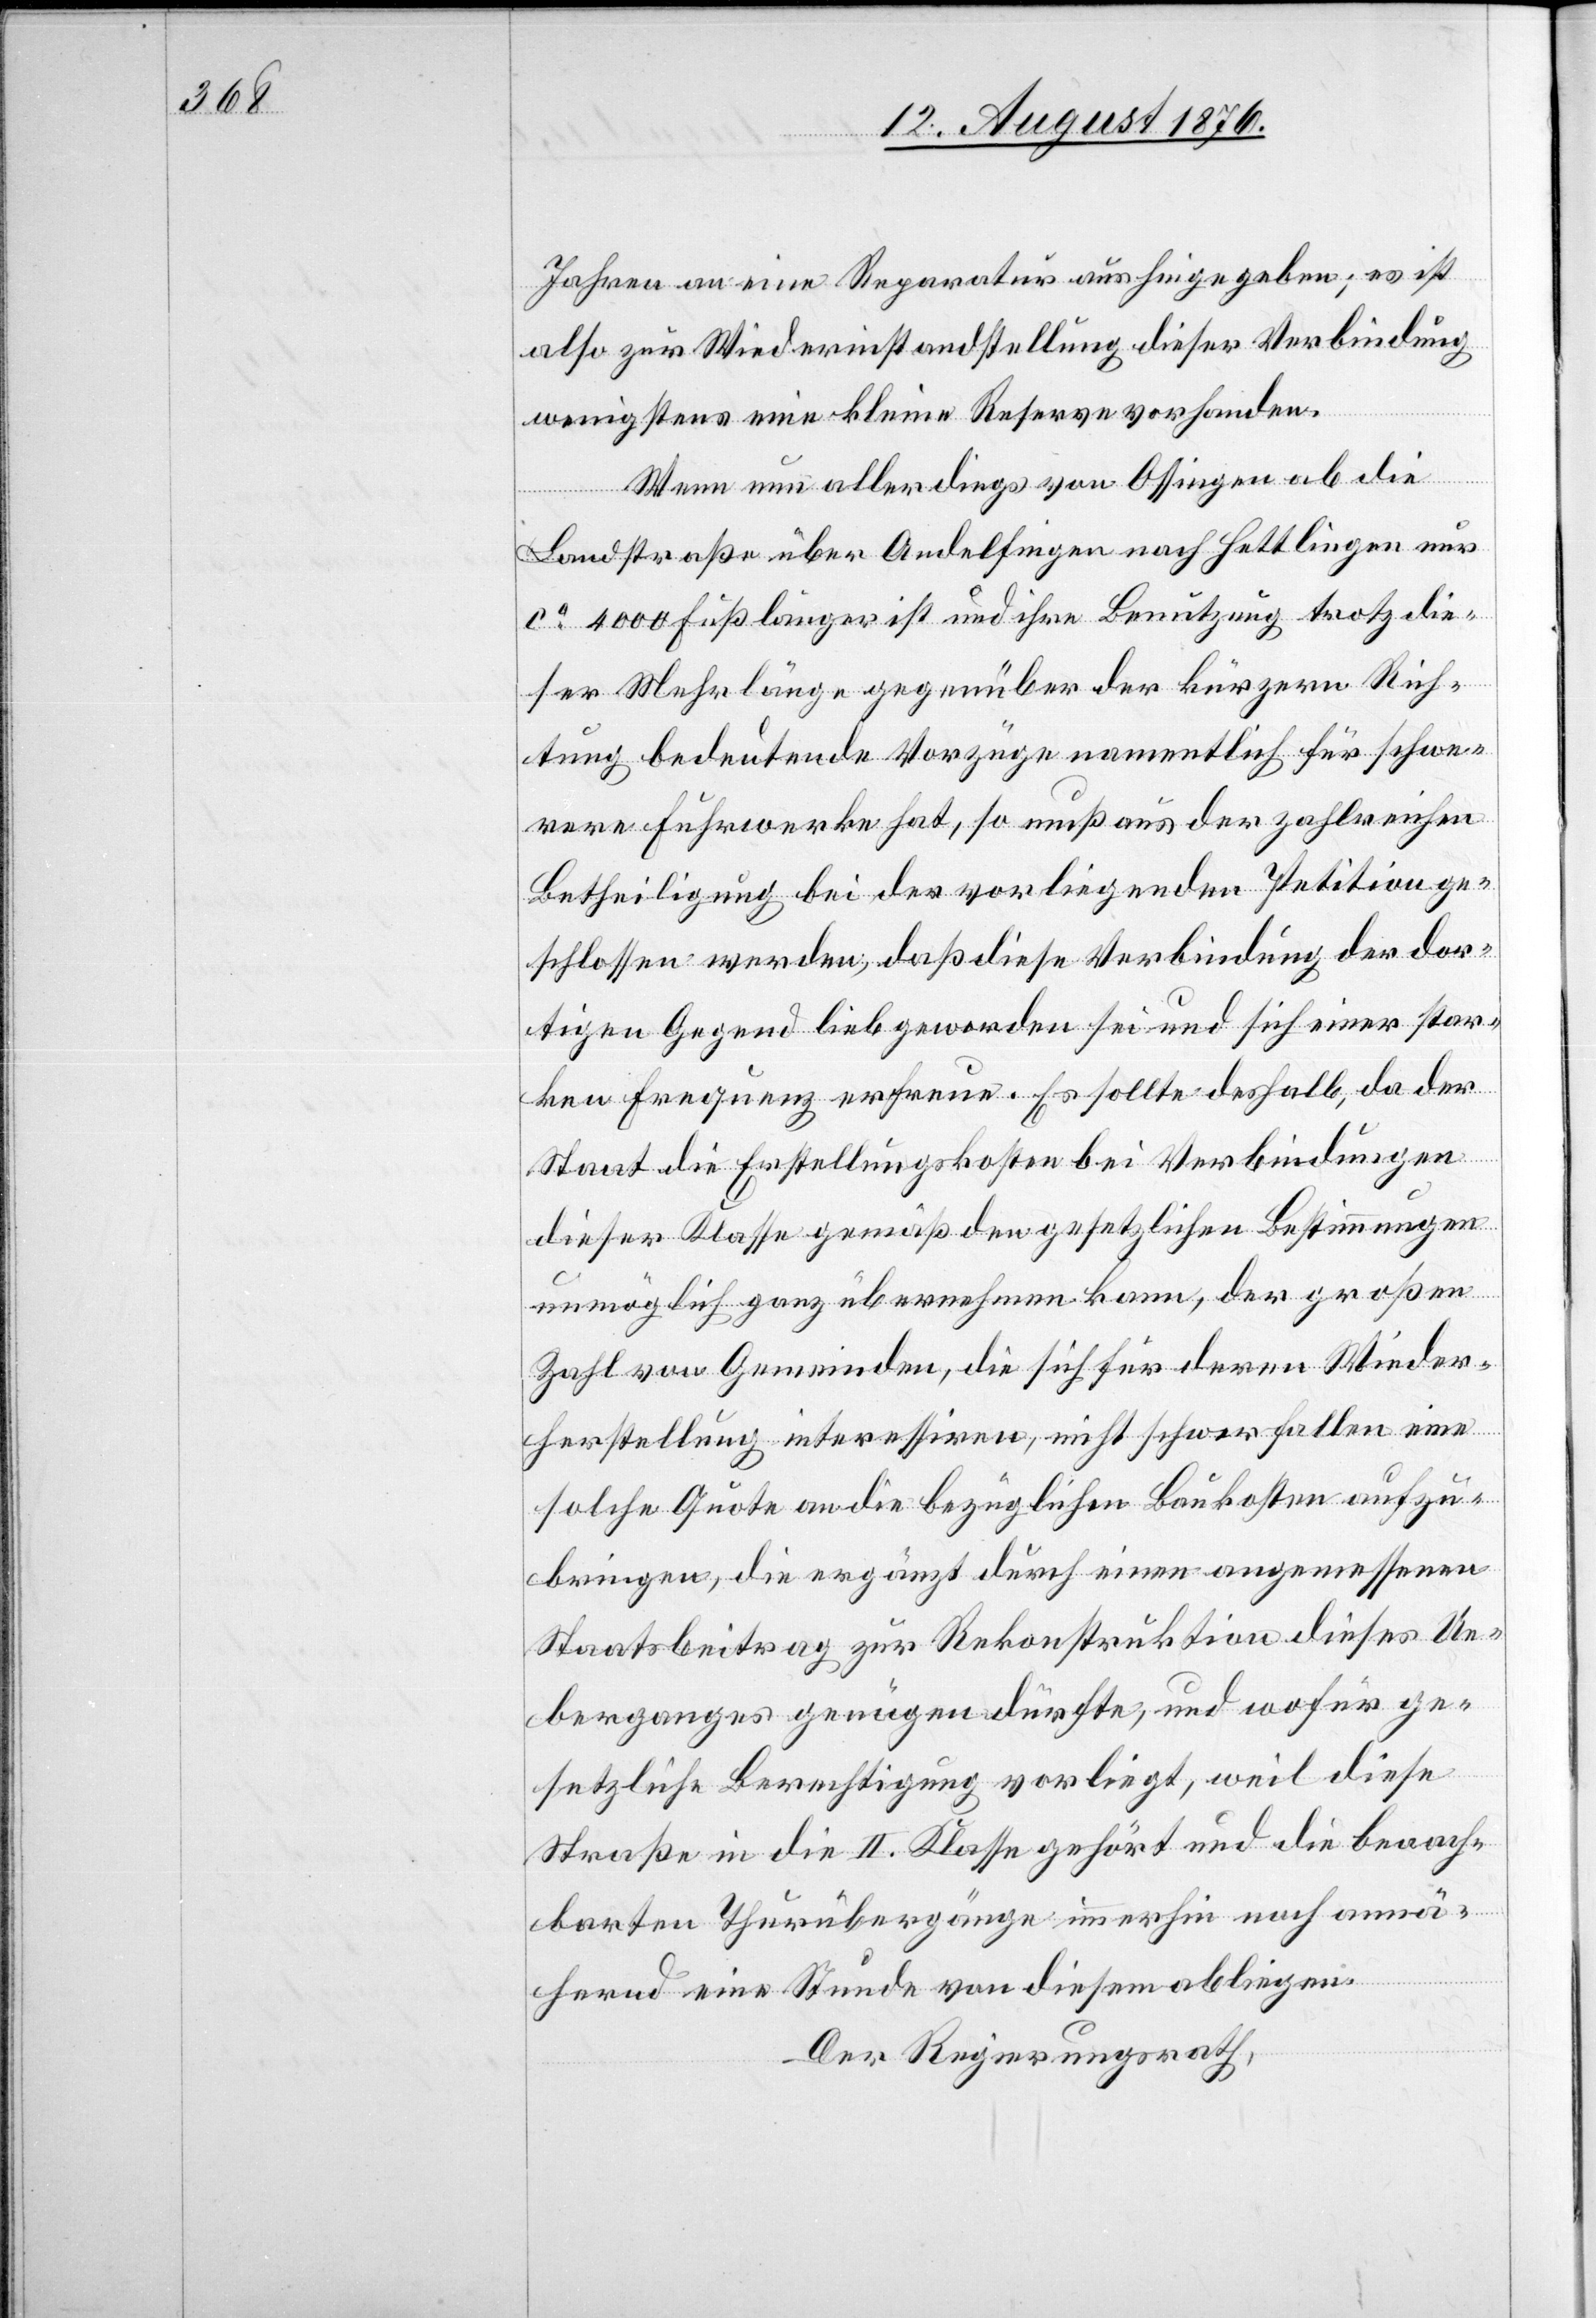
Jahren an eine Reparatur aushingegeben; es ist
also zur Wiederinstandstellung dieser Verbindung
wenigstens eine kleine Reserve vorhanden.
Wenn nun allerdings von Ossingen ab die
Landstraße über Andelfingen nach Hettlingen nur
ca 4000 Fuß länger ist und ihre Benutzung trotz die¬
ser Mehrlänge gegenüber der kürzern Rich¬
tung bedeutende Vorzüge namentlich für schwe¬
rere Fuhrwerke hat, so muß aus der zahlreichen
Betheiligung bei der vorliegenden Petition ge¬
schlossen werden, daß diese Verbindung der dor¬
tigen Gegend lieb geworden sei und sich einer star¬
ken Frequenz erfreue. Es sollte deshalb, da der
Staat die Erstellungskosten bei Verbindungen
dieser Klasse gemäß den gesetzlichen Bestimmungen
unmöglich ganz übernehmen kann, der großen
Zahl von Gemeinde, die sich für deren Wieder¬
herstellung interessiren, nicht schwer fallen eine
solche Quote an die bezüglichen Baukosten aufzu¬
bringen, die ergänzt durch einen angemessenen
Staatsbeitrag zur Rekonstruktion dieses Ue¬
berganges genügen dürfte, und wofür ge¬
setzliche Berechtigung vorliegt. weil diese
Straße in die II. Klasse gehört und die benach¬
barten Thurübergänge immerhin noch annä¬
hernd eine Stunde von diesem abliegen.
Der Regierungsrath,